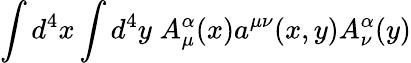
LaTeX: \int d^{4}x\int d^{4}y\; A_{\mu}^{\alpha}(x)a^{\mu\nu}(x,y)A_{\nu}^{\alpha}(y)